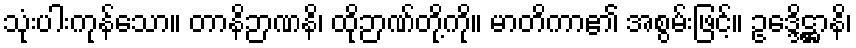
သုံးပါးကုန်သော။ တာနိဉာဏနိ၊ ထိုဉာဏ်တို့ကို။ မာတိကာ၏ အစွမ်းဖြင့်။ ဥဒ္ဒေိဋ္ဌာနိ၊